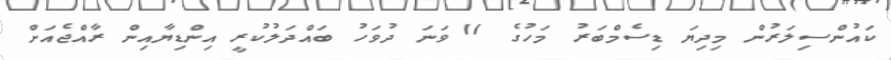
ކައުންސިލަރުން މިދިޔަ ޑިސެމްބަރު މަހުގެ 11 ވަނަ ދުވަހު ބައްދަލުކުރީ އިންޑިޔާއިން ރާއްޖެއަށް